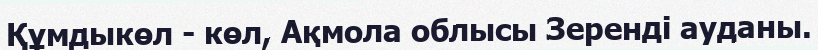
Құмдыкөл - көл, Ақмола облысы Зеренді ауданы.